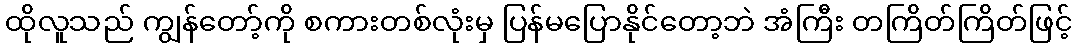
ထိုလူသည် ကျွန်တော့်ကို စကားတစ်လုံးမှ ပြန်မပြောနိုင်တော့ဘဲ အံကြီး တကြိတ်ကြိတ်ဖြင့်